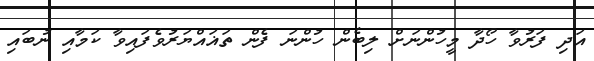
އަދި ފަރުވާ ހޯދާ މީހުންނަށް ލިބެން ހުންނަ ފެން ތަޣައްޔަރުވެފައިވާ ކަމާއި ނުބައި